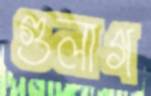
গুলাগ